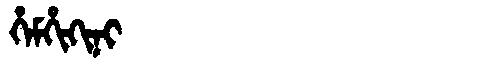
Manchu: ᡥᡝᠮᡥᡳᡴᡳᠨᡳ
Romanization: HEMHIKINI